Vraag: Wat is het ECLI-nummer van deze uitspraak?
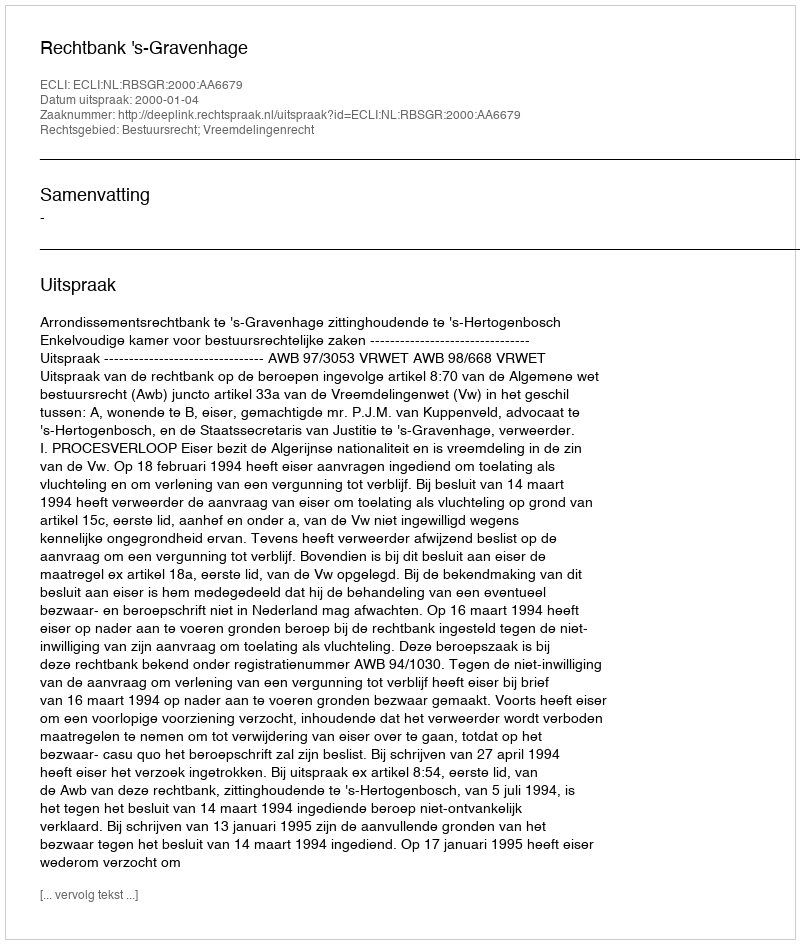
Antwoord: ECLI:NL:RBSGR:2000:AA6679